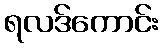
ရလဒ်ကောင်း